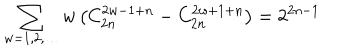
LaTeX: \sum _ { w = 1 , 2 , \ldots } w \left( C _ { 2 n } ^ { 2 w - 1 + n } - C _ { 2 n } ^ { 2 w + 1 + n } \right) = 2 ^ { 2 n - 1 }